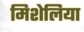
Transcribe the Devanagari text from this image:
मिशेलिया